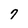
Character: 7